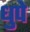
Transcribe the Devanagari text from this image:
धुपे